Scottish Leaving Certificate Examination, 1954
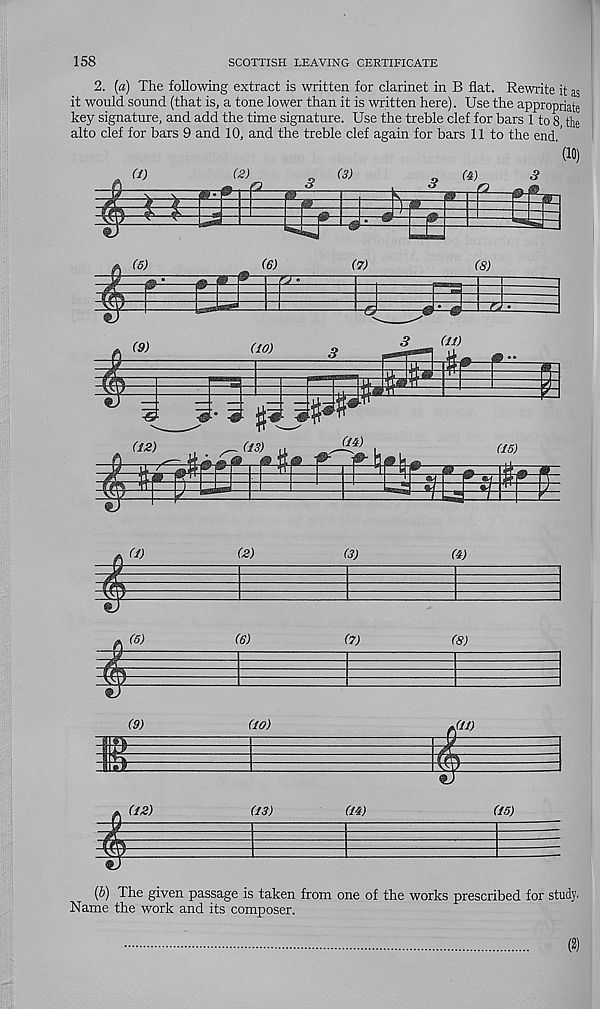
158
SCOTTISH LEAVING CERTIFICATE
2. {a) The following extract is written for clarinet in B flat. Rewrite it as
it would sound (that is, a tone lower than it is written here). Use the appropriate
key signature, and add the time signature. Use the treble clef for bars 1 to 8 the
alto clef for bars 9 and 10, and the treble clef again for bars 11 to the end.’
’(10)
UJ
(2)
(3)
(4)
&
5
m
(6)
(6)
(7)
(8)
m
^—<&
22
(9)
(10)
3
(ID
&
$
&
. (121
^ ^ (I® a
U ,
(I 5 )
(13)
(1)
(2)
(3)
(4)
(5)
(6)
(7)
(8)
(9)
1
(10)
Jll)
(12)
(13)
(14)
(15)
(b) The given passage is taken from one of the works prescribed for study.
Name the work and its composer.
(2)